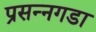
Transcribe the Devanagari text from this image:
प्रसन्नगडा